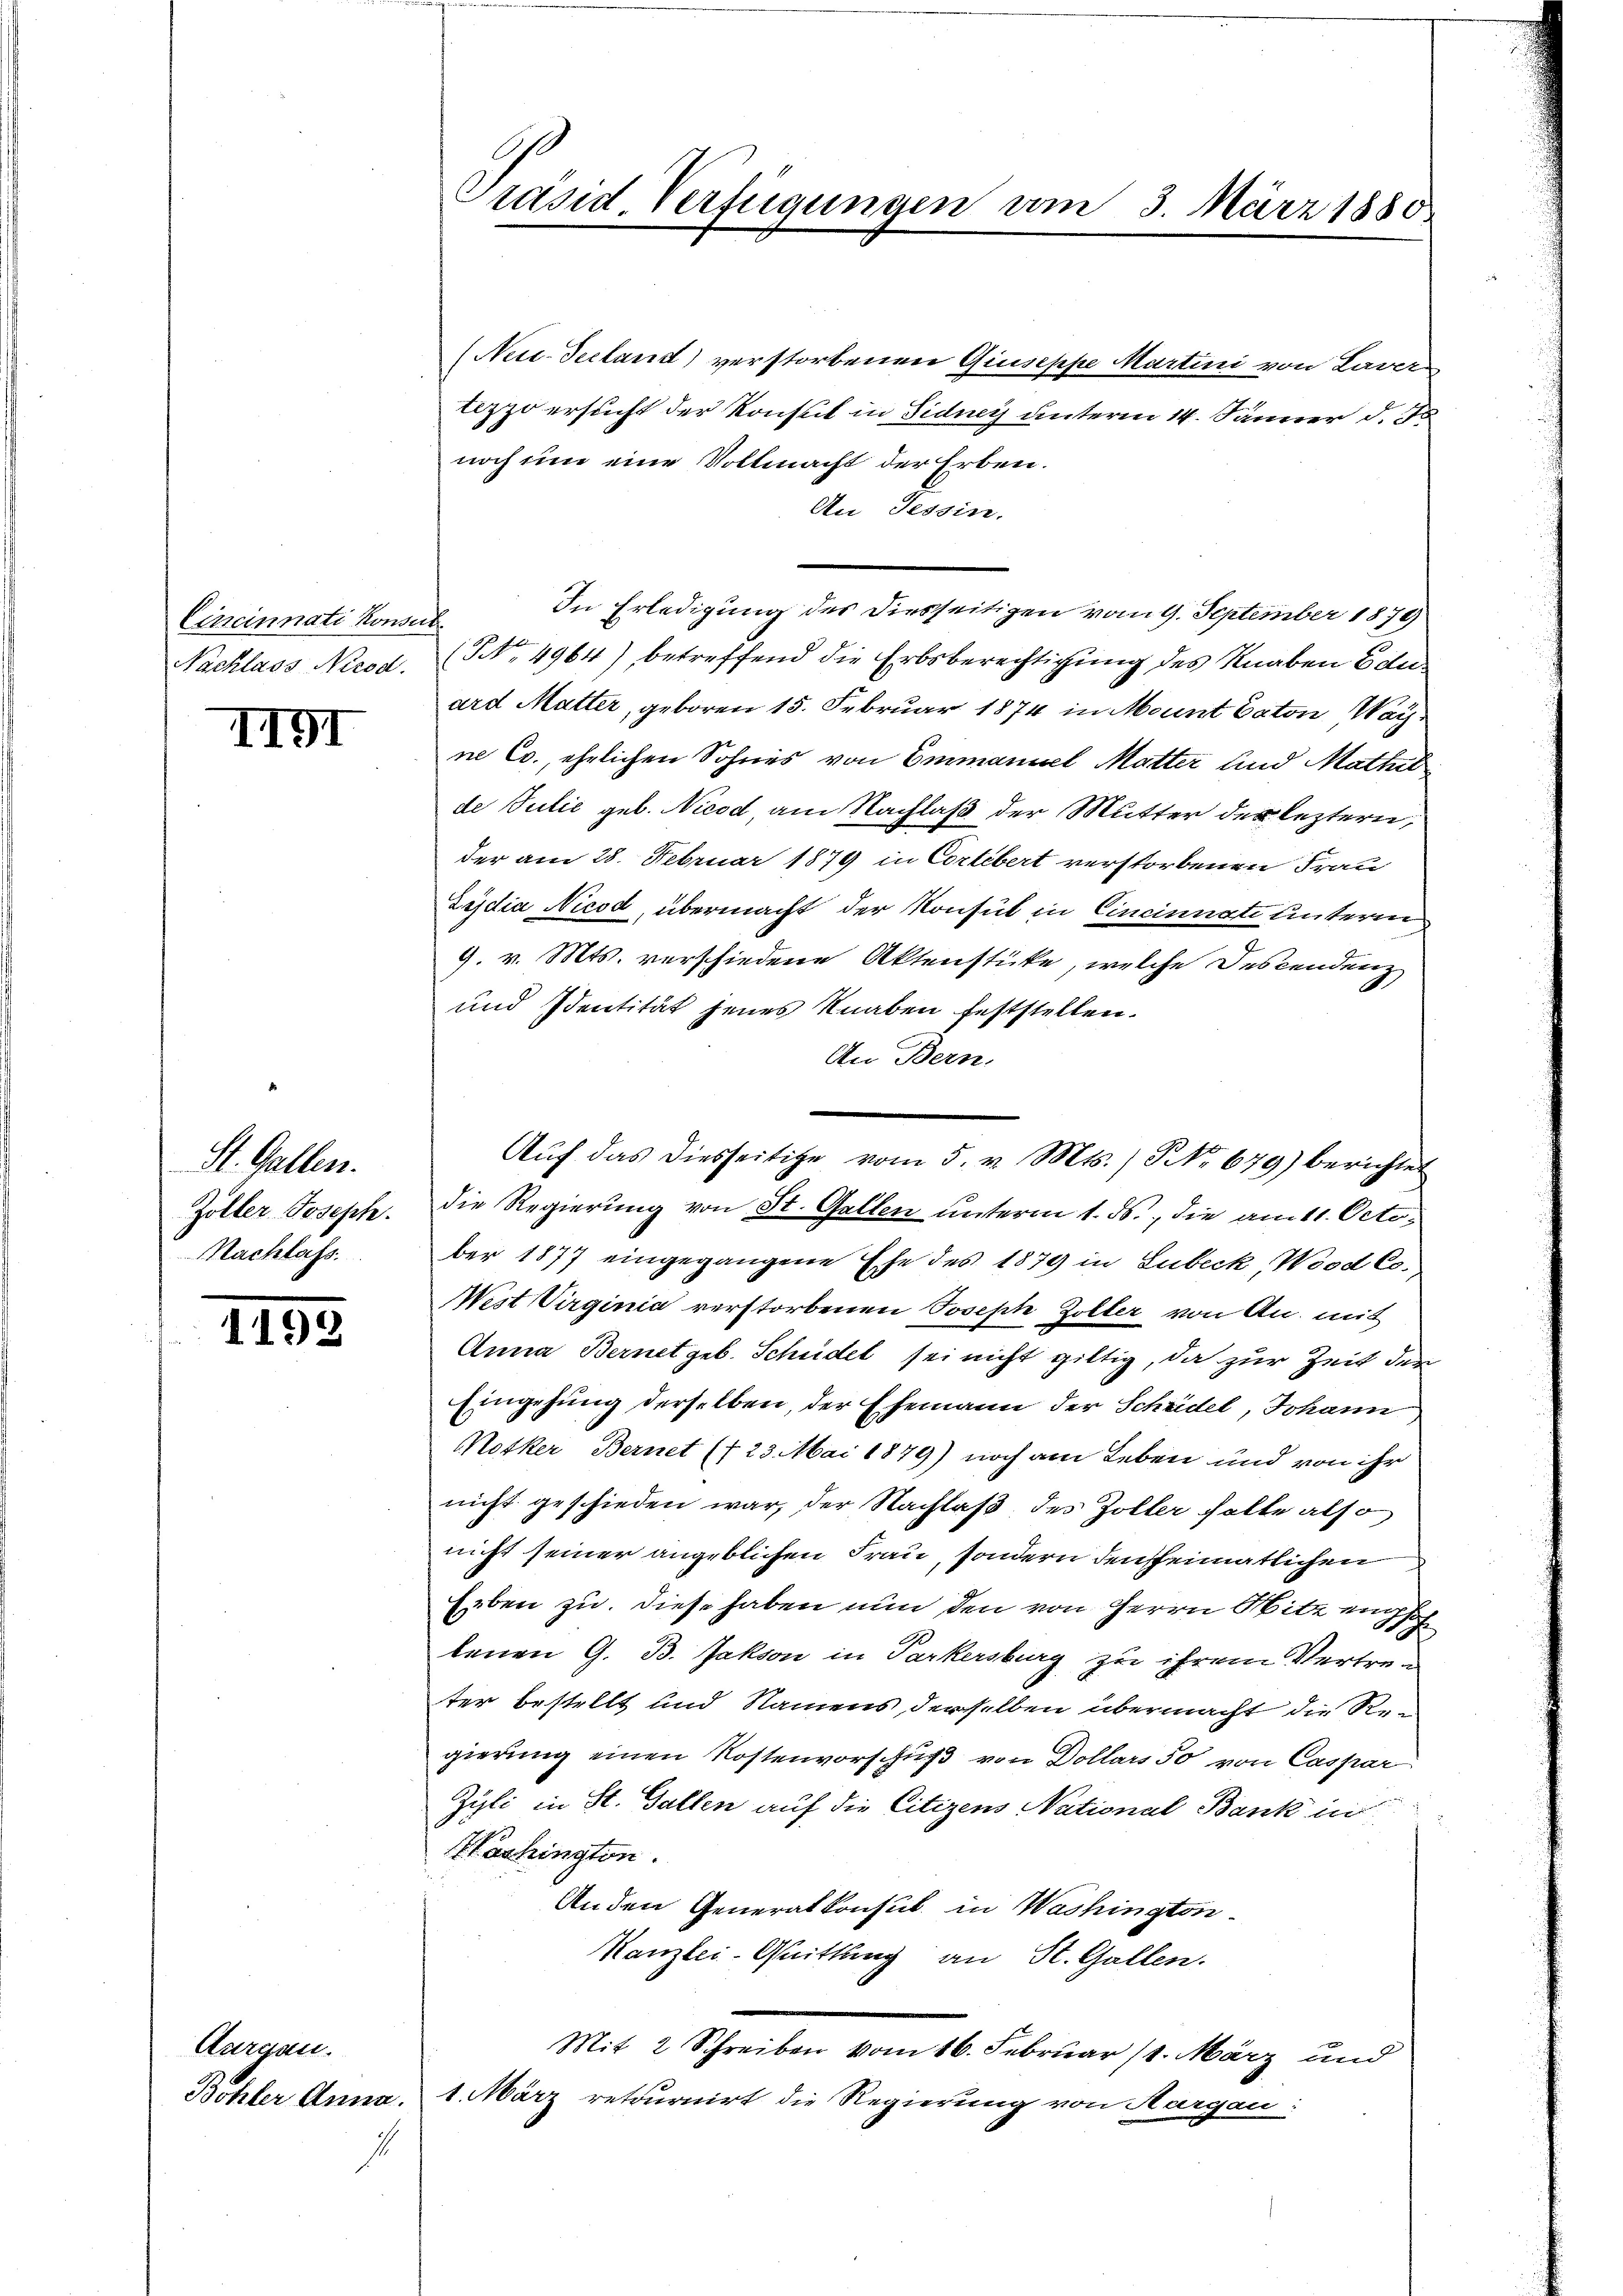
Cincinnati Konsul

II91

St. Gallen.
Zöller Joseph.
Nachlafs

1192

Aargau.

7.

Präsid. Verfügungen am 3. März 1880.

Nei-Tecland) verstorbenen Giuseppe Martini von Laver
lezzo ersucht der Konsul in Sidney unterm 14. Jänner d. J
noch ein eine Vollmacht der Erben.
An Tessin.
In Erledigung des diesseitigen vom 9. September 1879
Nachlass Nirod. NNo. 4964) betreffend die Erbsberechtigung des Knaben Eduard Mutter, geboren 15. Februar 1874 in Mount Daton Waine Co., ehelichen Sohnes von Emmaniel Mutter und Mathil
de Julić geb. Nicod, am Nachlaß der Mutter des leztern,
der am 28. Februar 1879 in Cortebert verstorbenen Frau
Zydia Nicod, übermacht der Konsul in Cincinnate unterm
9. v. Mts. verschiedene Aktenstücke, welche Descendenz
und Identität jenes Knaben feststellen.
An Bern,
die Regierung von St. Gallen unterm 1. ds., die am 11. October 1877 eingegangene Ehe des 1879 in Lubeck, Wood Co
West Virginia verstorbenen Joseph Zoller von An- mit
Anna Bernet geb. Schüdel sei nicht giltig, da zur Zeit der
Eingehung derselben, der Ehemann der Scheidel, Johann
Notker Bernet (123. Mai 1879) noch am Leben und von ihr
nicht geschieden war, der Nachlaß des Zoller halte also
nicht seiner angeblichen Frau, sondern den heimatlichen
Erben zu. Diese haben nun den von Herrn Sitz einsch
tenen G. B. Jakson in Parkersburg zu ihrem Vertreter bestellt und Namens, derselben übermacht die Regierung einen Kostenvorschuß von Dollars 50 von Caspar
Zyli in St. Gallen auf die Citizens National Bank in
Washington.
Anden Generalkonsul in Washington
Kanzlei-Quittung an St. Gallen.
Mit 2 Schreiben vom 16. Februar 14. März und
Bohler Anna, 1. März retournirt die Regierung von Aargau.

Aŭf das diesseitige vom 5. v. Mts. ) No 679) berichtet